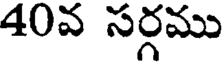
40వ సర్గము